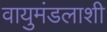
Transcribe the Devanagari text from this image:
वायुमंडलाशी